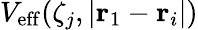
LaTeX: V_{\mathrm{eff}}(\zeta_{j},|\mathbf{r}_{1}-\mathbf{r}_{i}|)